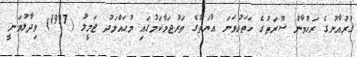
ޤުރުއާނުގެ ރަޙުމާނު ސޫރަތުގެ ހަތަރުވަނަ އާޔަތުގެ ތަރުޖަމާކަމުގައި މުޙައްމަދު ޖަމީލު (1977) ވިދާލުވަނީ